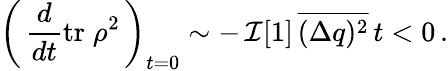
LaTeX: \left(\, \frac{d}{dt}\mathrm{tr}\; \rho^{2}\, \right)_{t=0}\sim-\, {\cal I}[1]\, \overline{{{(\Delta q)^{2}}}}\, t<0\, .